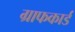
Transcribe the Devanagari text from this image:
ग्राफकार्ड